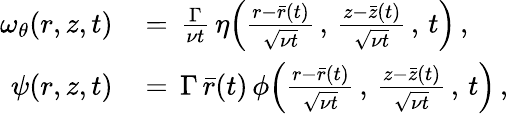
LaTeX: \begin{array}{rl}{\omega_{\theta}(r,z,t)\, }&{=\, \frac{\Gamma}{\nu t}\, \eta\Bigl(\frac{r-\bar{r}(t)}{\sqrt{\nu t}}\, ,\, \frac{z-\bar{z}(t)}{\sqrt{\nu t}}\, ,\, t\Bigr)\, ,}\\ {\psi(r,z,t)\, }&{=\, \Gamma\, \bar{r}(t)\, \phi\Bigl(\frac{r-\bar{r}(t)}{\sqrt{\nu t}}\, ,\, \frac{z-\bar{z}(t)}{\sqrt{\nu t}}\, ,\, t\Bigr)\, ,}\end{array}